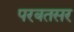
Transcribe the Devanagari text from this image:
परबतसर